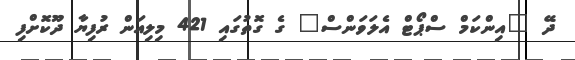
ދޭ "އިންކަމް ސްޕޯޓް އެލަވަންސް" ގެ ގޮތުގައި 421 މިލިއަން ރުފިޔާ ދޫކޮށްފި